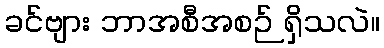
ခင်ဗျား ဘာအစီအစဉ် ရှိသလဲ။